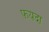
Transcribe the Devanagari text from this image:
फ़यदा